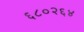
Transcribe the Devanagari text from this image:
६८०२६४